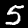
Digit: 5